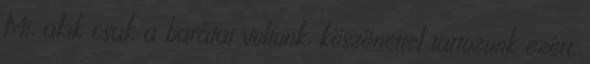
Mi, akik csak a barátai voltunk, köszönettel tartozunk ezért.